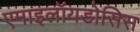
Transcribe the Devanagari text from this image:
एमाइलॉयडोसिस